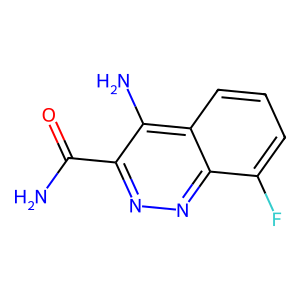
SMILES: NC(=O)c1nnc2c(F)cccc2c1N
Inhibits HIV replication: No